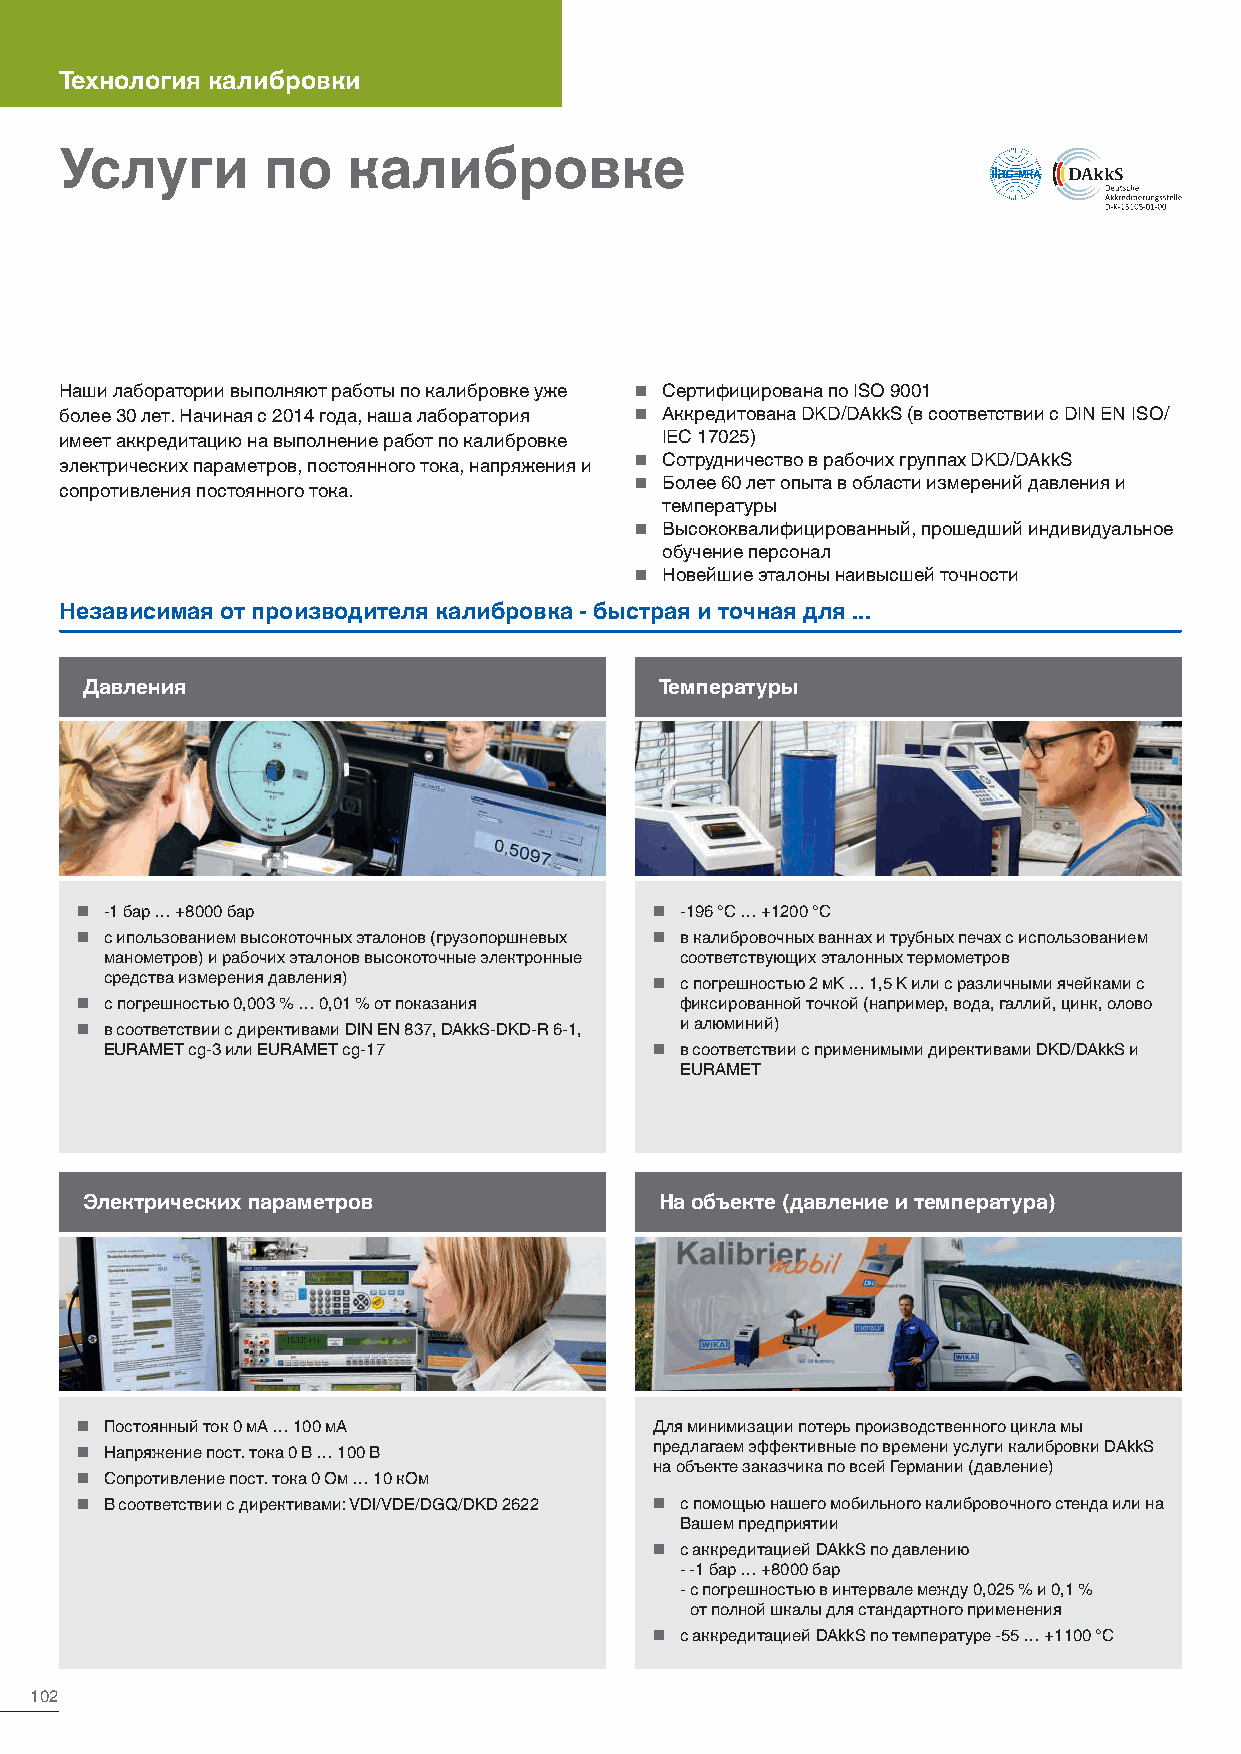
Технология калибровки
 Услуги       по    калибровке
 Наши лаборатории выполняют работы по калибровке уже  Сертифицирована по ISO 9001
 более 30 лет. Начиная с 2014 года, наша лаборатория  Аккредитована DKD/DAkkS (в соответствии с DIN EN ISO/
 имеет аккредитацию на выполнение работ по калибровке IEC 17025)
 электрических параметров, постоянного тока, напряжения и  Сотрудничество в рабочих группах DKD/DAkkS
  Более 60 лет опыта в области измерений давления и
 сопротивления постоянного тока.
 температуры
  Высококвалифицированный, прошедший индивидуальное
 обучение персонал
  Новейшие эталоны наивысшей точности
 Независимая от производителя калибровка - быстрая и точная для ...
 Давления                               Температуры
  -1 бар … +8000 бар                   -196 °C … +1200 °C
  с ипользованием высокоточных эталонов (грузопоршневых  в калибровочных ваннах и трубных печах с использованием
 манометров) и рабочих эталонов высокоточные электронные соответствующих эталонных термометров
 средства измерения давления)         с погрешностью 2 мK … 1,5 K или с различными ячейками с
  с погрешностью 0,003 % … 0,01 % от показания фиксированной точкой (например, вода, галлий, цинк, олово
  в соответствии с директивами DIN EN 837, DAkkS-DKD-R 6-1, и алюминий)
 EURAMET cg-3 или EURAMET cg-17       в соответствии с применимыми директивами DKD/DAkkS и
 EURAMET
 Электрических параметров               На объекте (давление и температура)
  Постоянный ток 0 мА … 100 мА        Для минимизации потерь производственного цикла мы
  Напряжение пост. тока 0 В … 100 В   предлагаем эффективные по времени услуги калибровки DAkkS
  Сопротивление пост. тока 0 Ом … 10 кОм на объекте заказчика по всей Германии (давление)
  В соответствии с директивами: VDI/VDE/DGQ/DKD 2622  с помощью нашего мобильного калибровочного стенда или на
 Вашем предприятии
  с аккредитацией DAkkS по давлению
 - -1 бар … +8000 бар
 - с погрешностью в интервале между 0,025 % и 0,1 %
 от полной шкалы для стандартного применения
  с аккредитацией DAkkS по температуре -55 … +1100 °C
 102